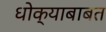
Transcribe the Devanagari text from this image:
धोक्याबाबत